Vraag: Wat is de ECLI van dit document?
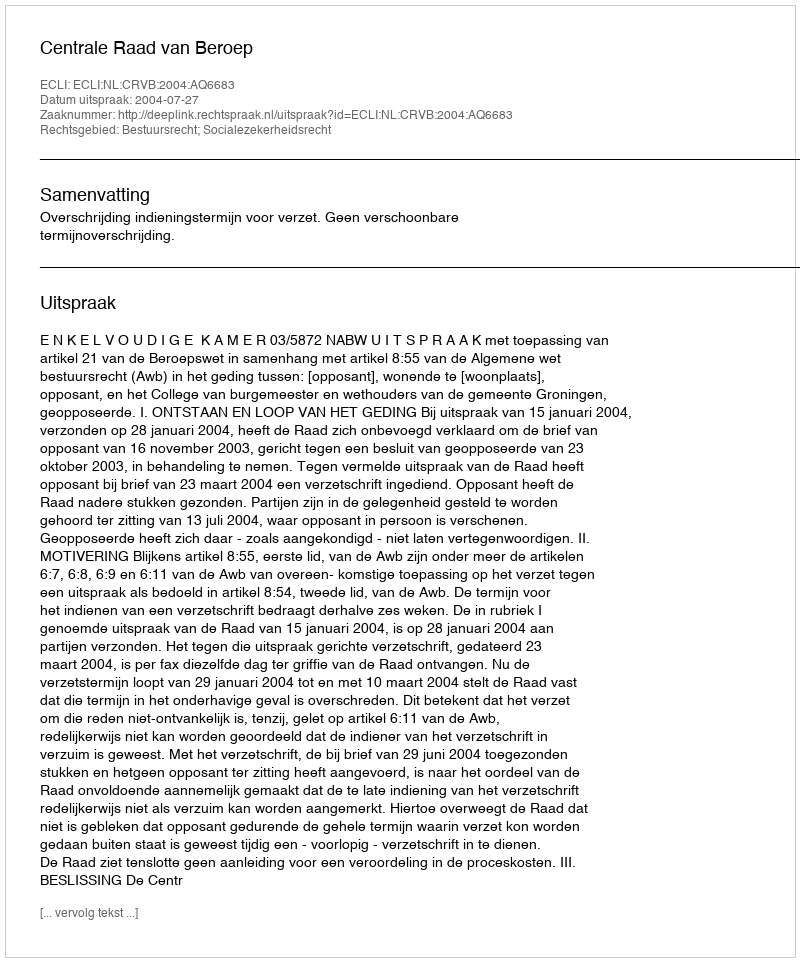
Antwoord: ECLI:NL:CRVB:2004:AQ6683